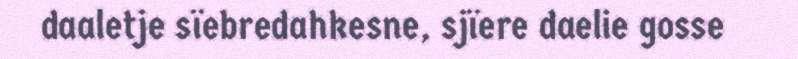
daaletje sïebredahkesne, sjïere daelie gosse